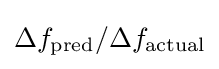
\Delta f_{\text{pred}}/\Delta f_{\text{actual}}